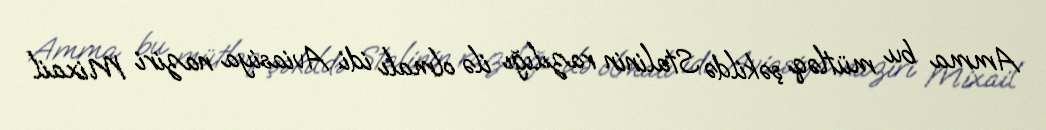
Amma bu mütləq şəkildə Stalinin razılığı ilə olmalı idi. Aviasiya naziri Mixail